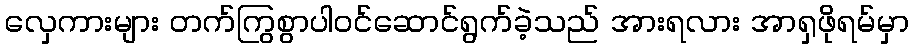
လှေကားများ တက်ကြွစွာပါဝင်ဆောင်ရွက်ခဲ့သည် အားရလား အာရှဖိုရမ်မှာ